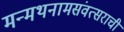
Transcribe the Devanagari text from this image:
मन्मथनामसंवत्सराची